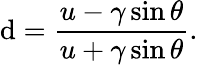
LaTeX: \mathrm{d}=\frac{{u-\gamma\sin\theta}}{{u+\gamma\sin\theta}}.